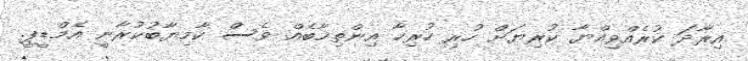
އިރާދަ ކުރެއްވިއްޔާ ކުރިޔަށް ހުރި ހުރިހާ އިންތިޚާބެއް ވެސް ކާމިޔާބުކުރާނީ އެމްޑީޕީ.